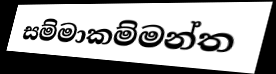
සම්මාකම්මන්ත